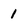
Character: 1